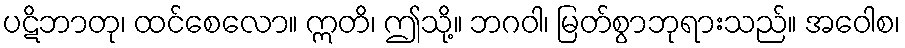
ပဋိဘာတု၊ ထင်စေလော။ ဣတိ၊ ဤသို့။ ဘဂဝါ၊ မြတ်စွာဘုရားသည်။ အဝေါစ၊